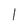
Character: l